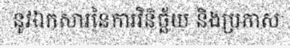
នូវឯកសារនៃការវិនិច្ឆ័យ និងប្រកាស